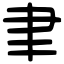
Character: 聿